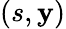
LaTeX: (s,\mathbf{y})